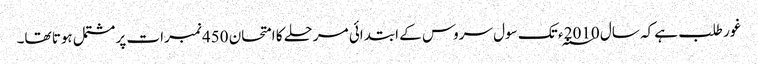
غور طلب ہے کہ سال 2010 ؁ء تک سول سروس کے ابتدائی مرحلے کا امتحان 450 نمبرات پر مشتمل ہوتا تھا۔